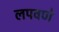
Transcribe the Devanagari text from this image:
लपवणे